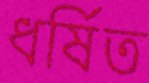
ধর্ষিত